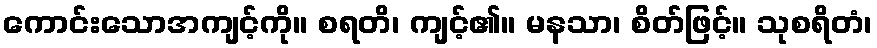
ကောင်းသောအကျင့်ကို။ စရတိ၊ ကျင့်၏။ မနသာ၊ စိတ်ဖြင့်။ သုစရိတံ၊